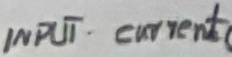
Text: INPUT current